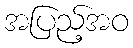
အပြည့်အဝ